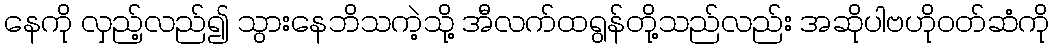
နေကို လှည့်လည်၍ သွားနေဘိသကဲ့သို့ အီလက်ထရွန်တို့သည်လည်း အဆိုပါဗဟိုဝတ်ဆံကို